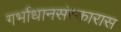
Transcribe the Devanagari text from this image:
गर्भाधानसंस्कारास